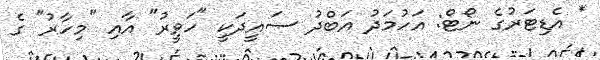
* އެޑިޓަރުގެ ނޯޓް: އަހުމަދު އަބްދު ސައީދަކީ "ހަވީރު" އާއި "މިހާރު" ގެ